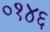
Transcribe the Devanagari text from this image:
०१४६